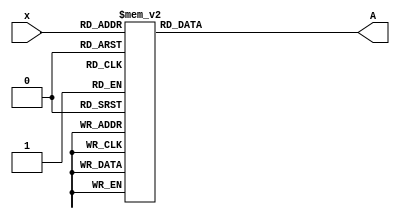
/*
	7 segment code
	MSB => a
	LSB => g
	active low outputs
*/

`define s0 		7'b0000001
`define s1		7'b1001111
`define s2		7'b0010010
`define s3		7'b0000110
`define s4		7'b1001100
`define s5		7'b0100100
`define s6		7'b0100000
`define s7		7'b0001111
`define s8		7'b0000000
`define s9		7'b0000100
`define se		7'b0110000 //error

module top (A, x);
	input [3:0] x;
	output [6:0] A;
	reg[6:0] A;
	always@(*)
	begin
		case (x)
			4'b0000: A = `s0;
			4'b0001: A = `s1;
			4'b0010: A = `s2;
			4'b0011: A = `s3;
			4'b0100: A = `s4;
			4'b0101: A = `s5;
			4'b0110: A = `s6;
			4'b0111: A = `s7;
			4'b1000: A = `s8;
			4'b1001: A = `s9;
			default: A = `se;
		endcase
	end
endmodule